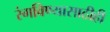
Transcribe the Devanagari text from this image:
रंगविण्यासाठीही